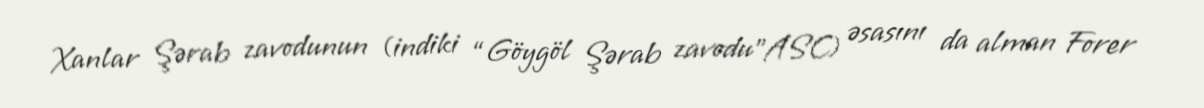
Xanlar Şərab zavodunun (indiki “Göygöl Şərab zavodu”ASC) əsasını da alman Forer